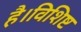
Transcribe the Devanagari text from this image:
है।विशिष्ट